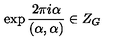
\exp \frac { 2 \pi i \alpha } { ( \alpha , \alpha ) } \in Z _ { G } \